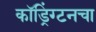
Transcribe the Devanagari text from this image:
कॉड्रिंग्टनचा